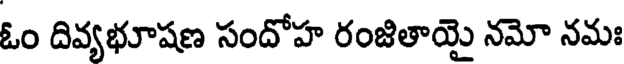
ఓం దివ్యభూషణ సందోహ రంజితాయై నమో నమః